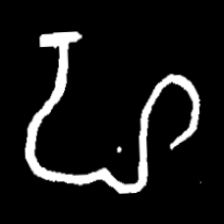
Pyu character \u2014 Myanmar letter: ဟ (romanized: ha)